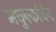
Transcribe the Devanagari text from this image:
मधुपर्कार्चन